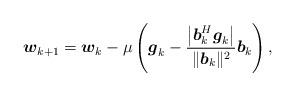
LaTeX: \begin{align*}\boldsymbol{w}_{k+1}=\boldsymbol{w}_k-\mu\left(\boldsymbol{g}_k-\dfrac{\big|\boldsymbol{b}_k^H\boldsymbol{g}_k\big|}{\|\boldsymbol{b}_k\|^2}\boldsymbol{b}_k\right),\\\end{align*}